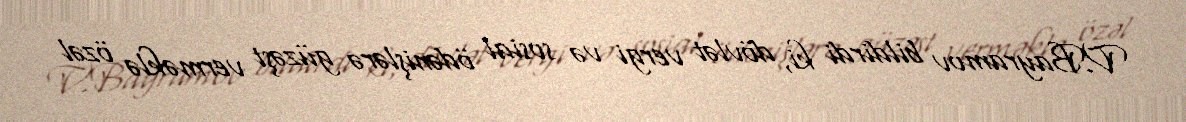
V.Bayramov bildirdi ki, dövlət vergi və sosial ödənişlərə güzəşt verməklə özəl